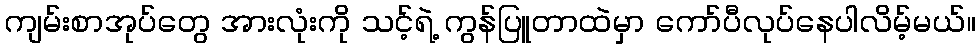
ကျမ်းစာအုပ်တွေ အားလုံးကို သင့်ရဲ့ ကွန်ပြူတာထဲမှာ ကော်ပီလုပ်နေပါလိမ့်မယ်။